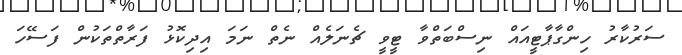
ސަރުކާރު ހިންގާޕާޓީއައް ނިސްބަތްވާ ޓީވީ ޗެނަލެއް ނެތް ނަމަ އިދިކޮޅު ފަރާތްތަކުން ފަސޭހަ